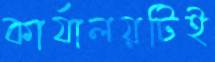
কার্যালয়টিই